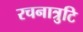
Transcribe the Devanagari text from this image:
रचनात्रुटि